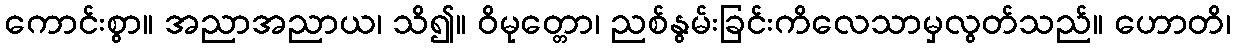
ကောင်းစွာ။ အညာအညာယ၊ သိ၍။ ဝိမုတ္တော၊ ညစ်နွမ်းခြင်းကိလေသာမှလွတ်သည်။ ဟောတိ၊